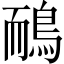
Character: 鴯